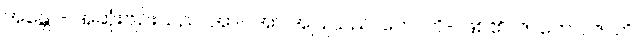
အန္တော- အဆုံးဗျဉ်းသည်၊ အာ- အာ အပြုသည်၊ ဟောတိ- ဖြစ်၏။ ဇာတော, ဇာတိ